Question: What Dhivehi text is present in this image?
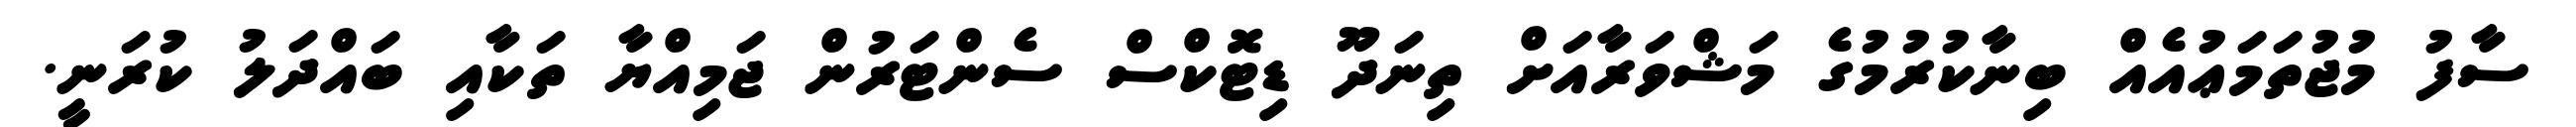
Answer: ސާފު މުޖުތަމަޢުއެއް ބިނާކުރުމުގެ މަޝްވަރާއަށް ތިނަދޫ ޑިޓޮކްސް ސެންޓަރުން ޖަމިއްޔާ ތަކާއި ބައްދަލު ކުރަނީ.